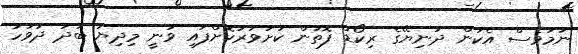
ނަމަވެސް އެކަން ދުނިޔޭގެ ރިކޯޑް ފޮތުން ކަށަވަރުކޮށްފައި ވަނީ މިިދިޔަ ބުދަ ދުވަހު